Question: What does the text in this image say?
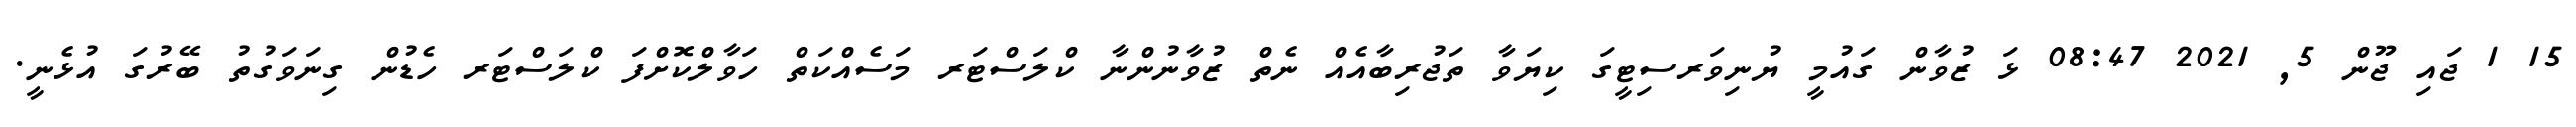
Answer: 15 1 ޖައި ޖޫން 5, 2021 08:47 ޅަ ޒުވާން ގައުމީ ޔުނިވަރސިޓީގަ ކިޔަވާ ތަޖުރިބާއެއް ނެތް ޒުވާނުންނާ ކްލަސްޓަރ މަސެއްކަތް ހަވާލްކޮށްފަ ކްލަސްޓަރ ހެޑުން ގިނަވަގުތު ބޭރުގަ އުޅެނީ.